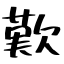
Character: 歎